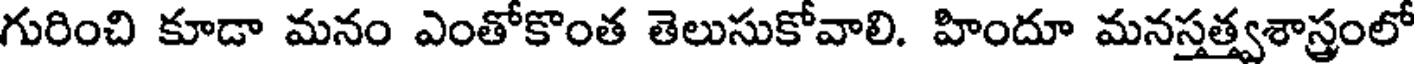
గురించి కూడా మనం ఎంతోకొంత తెలుసుకోవాలి. హిందూ మనస్తత్త్వశాస్త్రంలో